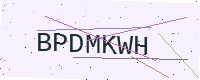
Text: BPDMKWH